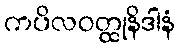
ကပိလဝတ္ထုနိဒါနံ